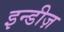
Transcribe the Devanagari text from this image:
इन्डीज़